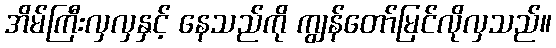
အိမ်ကြီးလှလှနှင့် နေသည်ကို ကျွန်တော်မြင်လိုလှသည်။